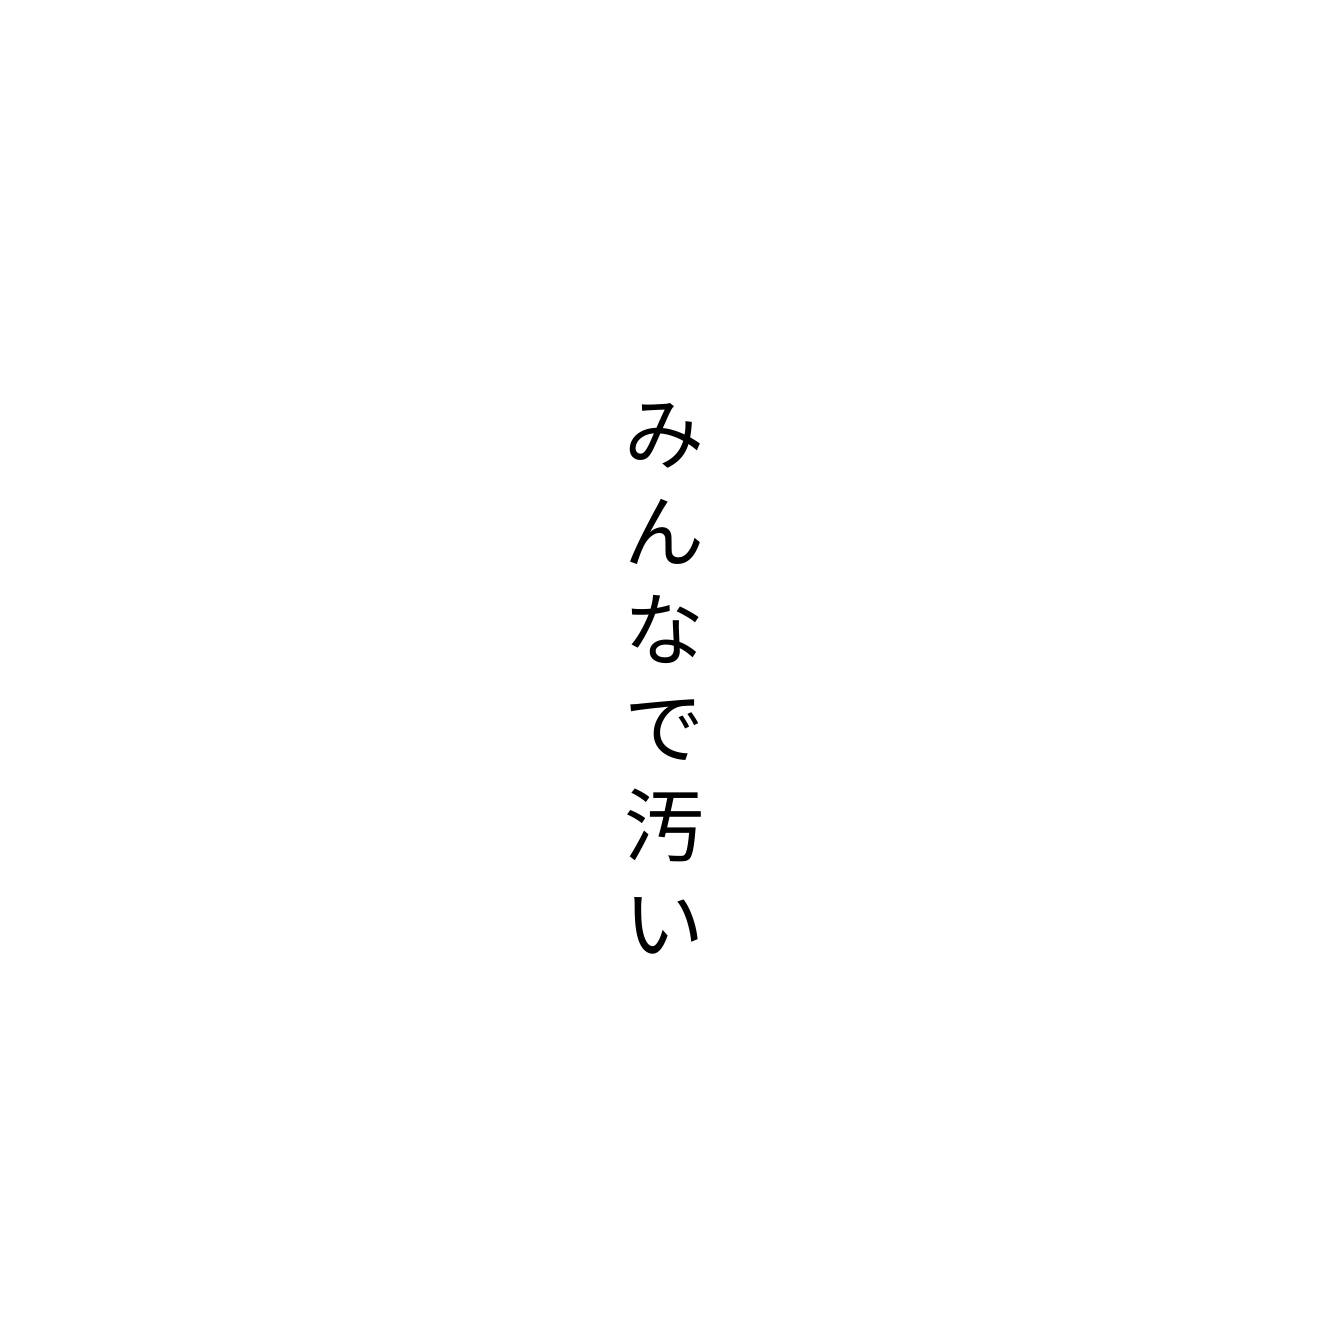
みんなで汚い